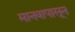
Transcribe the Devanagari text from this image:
मानवापासून